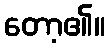
တော့၏။